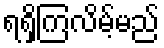
ရရှိကြလိမ့်မည်